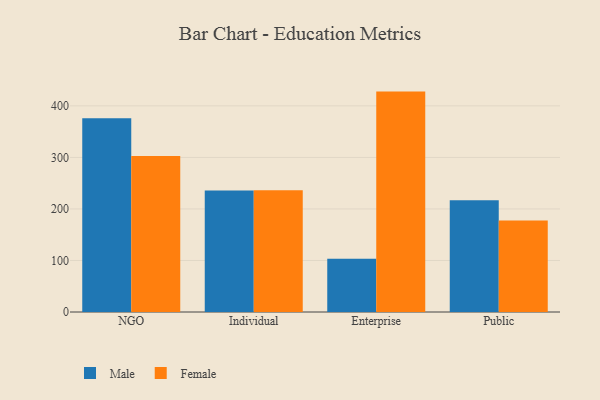
{"axis": {"x": "Segment", "y": "Revenue (USD Million)"}, "legend": ["Female", "Male"], "data": [{"x": "NGO", "y": 376.2, "type": "Male"}, {"x": "NGO", "y": 302.7, "type": "Female"}, {"x": "Individual", "y": 235.8, "type": "Male"}, {"x": "Individual", "y": 236.5, "type": "Female"}, {"x": "Enterprise", "y": 103.2, "type": "Male"}, {"x": "Enterprise", "y": 427.7, "type": "Female"}, {"x": "Public", "y": 217.1, "type": "Male"}, {"x": "Public", "y": 177.7, "type": "Female"}]}